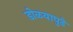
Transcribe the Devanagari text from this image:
डोळयापुढे